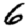
Digit: 6